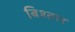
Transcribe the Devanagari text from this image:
बिश्तार